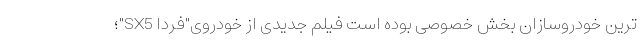
ترین خودروسازان بخش خصوصی بوده است فیلم جدیدی از خودروی"فردا SX5"؛